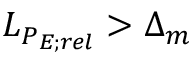
L _ { P _ { E ; r e l } } > \Delta _ { m }